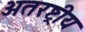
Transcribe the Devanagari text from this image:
अतरष्ट्रीय